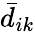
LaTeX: \bar{d}_{ik}